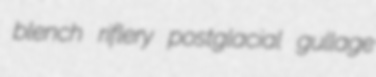
blench riflery postglacial gullage